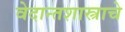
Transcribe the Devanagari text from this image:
वेदान्तशास्त्राचे